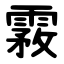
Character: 霚